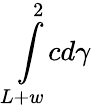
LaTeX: \int\limits_{L+w}^{2}cd\gamma